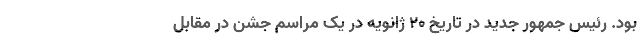
بود. رئیس جمهور جدید در تاریخ ۲۰ ژانویه در یک مراسم جشن در مقابل